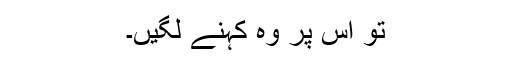
تو اس پر وہ کہنے لگیں۔